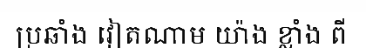
ប្រឆាំង វៀតណាម យ៉ាង ខ្លាំង ពី